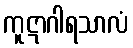
ကူဋာဂါရသာလံ